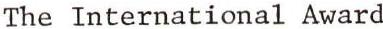
The International Award